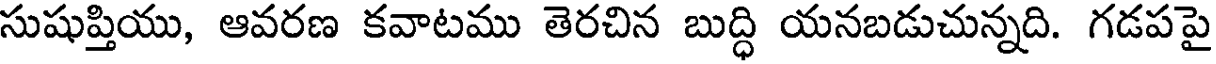
సుషుప్తియు, ఆవరణ కవాటము తెరచిన బుద్ధి యనబడుచున్నది. గడపపై